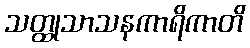
သတ္ထုသာသနကာရိကာတိ